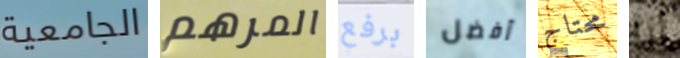
الجامعية المرهم برفع أفضل محتاج أنا